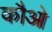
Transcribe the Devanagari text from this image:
कौओ